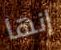
إنها